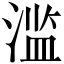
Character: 滥